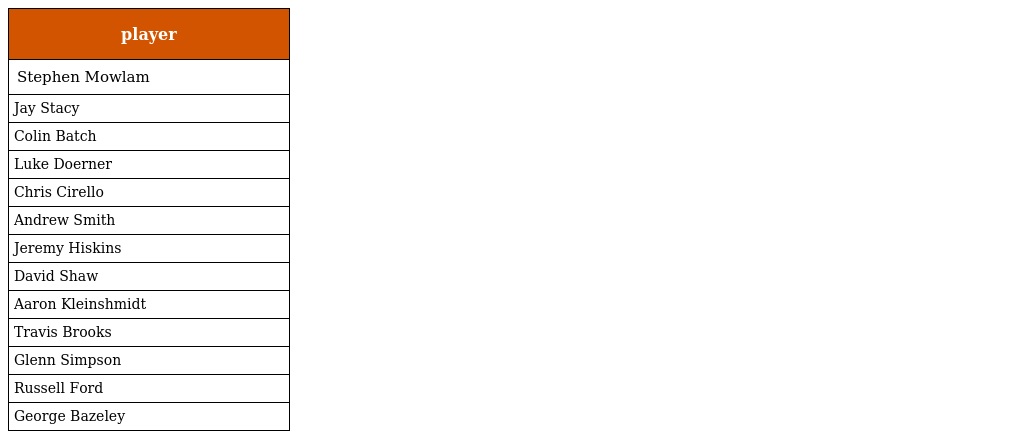
| player |
 | --- |
 | Stephen Mowlam |
 | Jay Stacy |
 | Colin Batch |
 | Luke Doerner |
 | Chris Cirello |
 | Andrew Smith |
 | Jeremy Hiskins |
 | David Shaw |
 | Aaron Kleinshmidt |
 | Travis Brooks |
 | Glenn Simpson |
 | Russell Ford |
 | George Bazeley |